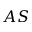
A S